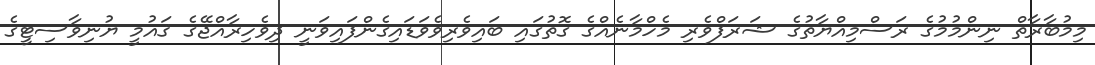
މިމުބާރާތް ނިންމުމުގެ ރަސްމިއްޔާތުގެ ޝަރަފްވެރި މެހްމާނެއްގެ ގޮތުގައި ބައިވެރިވެވަޑައިގެންފައިވަނީ ދިވެހިރާއްޖޭގެ ޤައުމީ ޔުނިވާސިޓީގެ